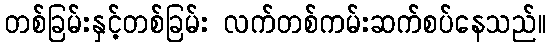
တစ်ခြမ်းနှင့်တစ်ခြမ်း လက်တစ်ကမ်းဆက်စပ်နေသည်။